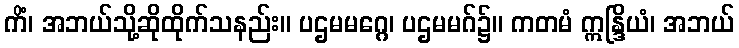
ကိံ၊ အဘယ်သို့ဆိုထိုက်သနည်း။ ပဌမမဂ္ဂေ၊ ပဌမမဂ်၌။ ကတမံ ဣန္ဒြိယံ၊ အဘယ်